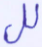
لل